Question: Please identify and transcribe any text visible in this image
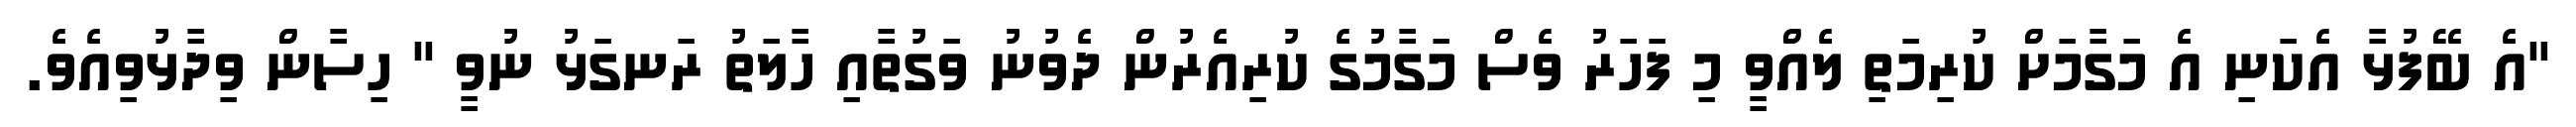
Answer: "އެ ބޭފުޅާ އެކަނި އެ މަގާމަށް ކުރިމަތި ލެއްވީ މި ފަހަރު ވެސް މަގާމުގެ ކުރިއެރުން ދެވުނު ވަގުތާއި ހާލަތު ރަނގަޅު ނުވީ " ހިސާން ވިދާޅުވިއެވެ.